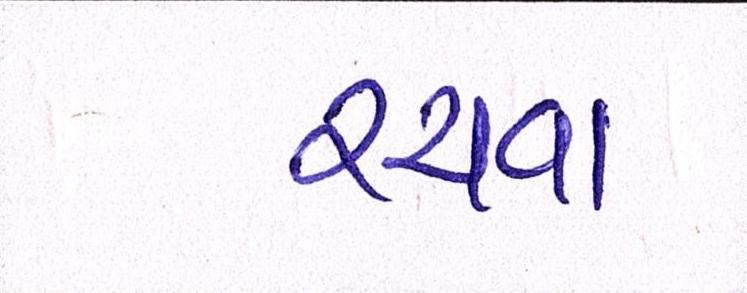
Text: રચવા